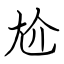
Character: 尬